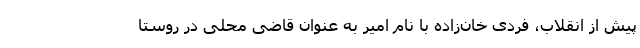
پیش از انقلاب، فردی خان‌زاده با نام امیر به عنوان قاضی محلی در روستا